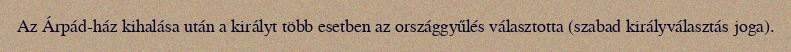
Az Árpád-ház kihalása után a királyt több esetben az országgyűlés választotta (szabad királyválasztás joga).